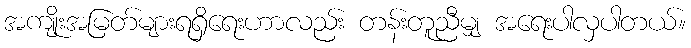
အကျိုးအမြတ်များရရှိရေးဟာလည်း တန်းတူညီမျှ အရေးပါလှပါတယ်။